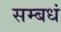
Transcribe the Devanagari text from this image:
सम्बधं